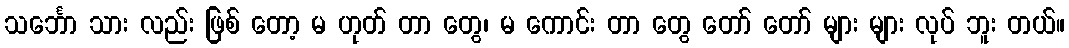
သင်္ဘော သား လည်း ဖြစ် တော့ မ ဟုတ် တာ တွေ၊ မ ကောင်း တာ တွေ တော် တော် များ များ လုပ် ဘူး တယ်။